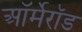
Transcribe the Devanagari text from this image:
ऑर्मेरॉड